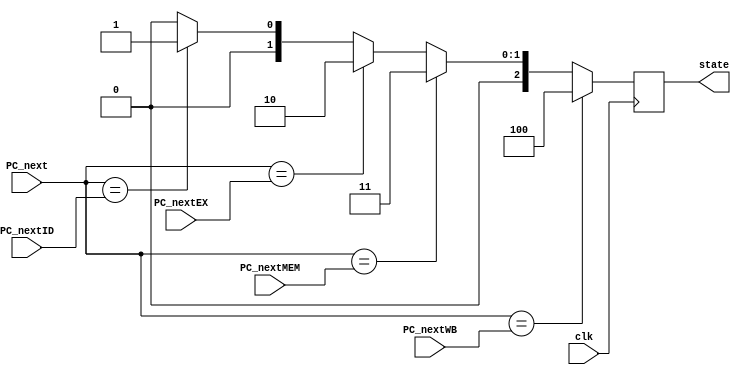
module PCSC (
    input  clk,
    input [7:0] PC_next,
    input [7:0] PC_nextID,
    input [7:0] PC_nextEX,
    input [7:0] PC_nextMEM,
    input [7:0] PC_nextWB,
    output reg [2:0] state

);

  always @(posedge (clk)) begin
    if (PC_next == PC_nextWB)
        state <= 3'b100;
    else if (PC_next == PC_nextMEM)
        state <= 3'b011;
    else if (PC_next == PC_nextEX)
        state <= 3'b010;
    else if (PC_next == PC_nextID)
        state <= 3'b001;
    else
        state <= 3'b000;
  end


endmodule